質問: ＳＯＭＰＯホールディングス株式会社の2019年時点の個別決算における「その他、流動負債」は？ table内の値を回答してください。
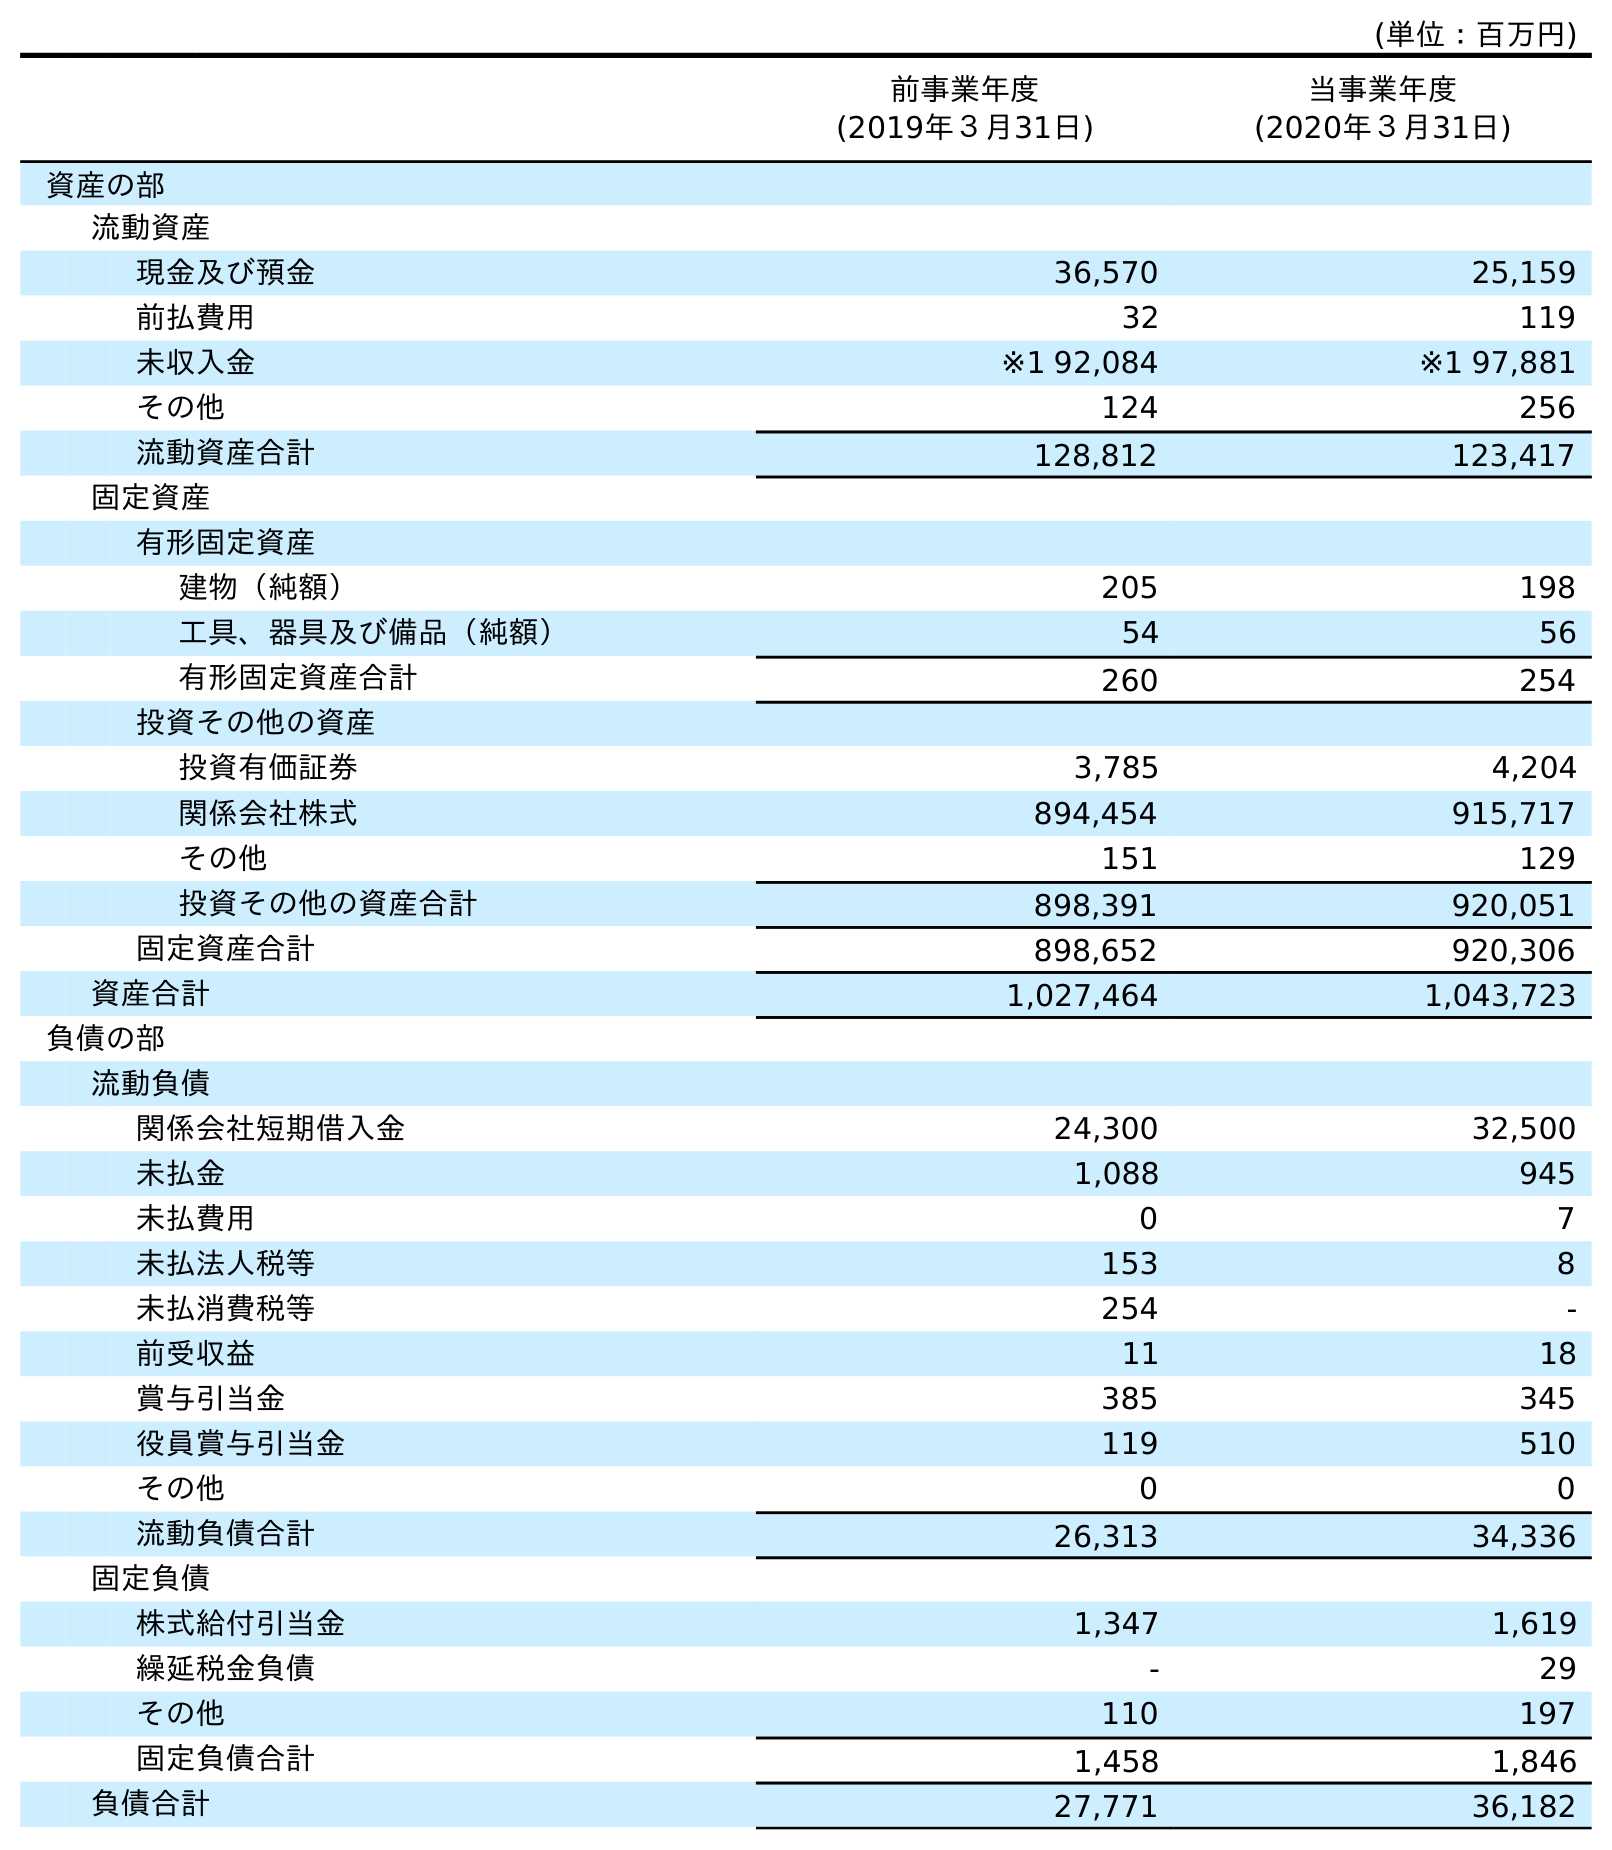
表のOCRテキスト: (単位：百万円) 前事業年度 (2019年３月31日) 当事業年度 (2020年３月31日) 資産の部 流動資産 現金及び預金 36,570 25,159 前払費用 32 119 未収入金 ※1 92,084 ※1 97,881 その他 124 256 流動資産合計 128,812 123,417 固定資産 有形固定資産 建物（純額） 205 198 工具、器具及び備品（純額） 54 56 有形固定資産合計 260 254 投資その他の資産 投資有価証券 3,785 4,204 関係会社株式 894,454 915,717 その他 151 129 投資その他の資産合計 898,391 920,051 固定資産合計 898,652 920,306 資産合計 1,027,464 1,043,723 負債の部 流動負債 関係会社短期借入金 24,300 32,500 未払金 1,088 945 未払費用 0 7 未払法人税等 153 8 未払消費税等 254 - 前受収益 11 18 賞与引当金 385 345 役員賞与引当金 119 510 その他 0 0 流動負債合計 26,313 34,336 固定負債 株式給付引当金 1,347 1,619 繰延税金負債 - 29 その他 110 197 固定負債合計 1,458 1,846 負債合計 27,771 36,182
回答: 0